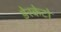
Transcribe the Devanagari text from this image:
डेरकेटो